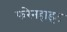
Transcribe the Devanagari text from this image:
फरेनहाइट